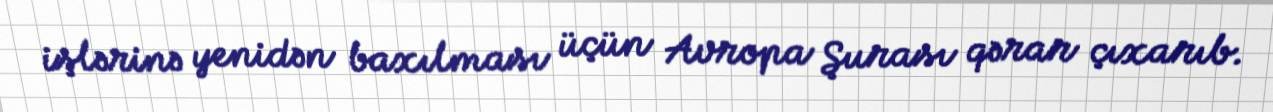
işlərinə yenidən baxılması üçün Avropa Şurası qərar çıxarıb.